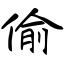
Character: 偷